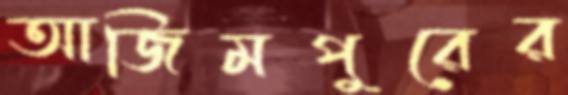
আজিমপুরের